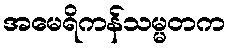
အမေရိကန်သမ္မတက